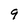
Character: 9